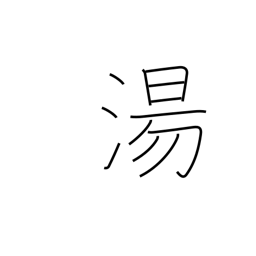
Meaning: hot spring